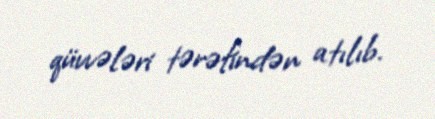
qüvvələri tərəfindən atılıb.